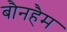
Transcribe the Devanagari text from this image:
बौनहैम